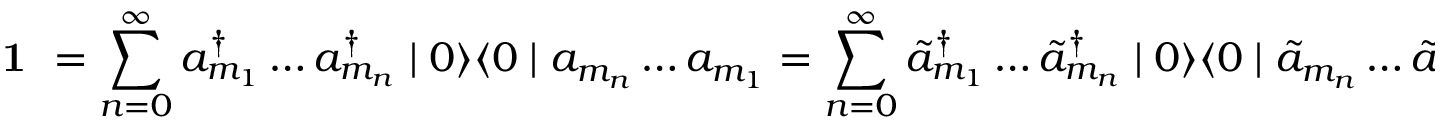
\textbf { 1 } = \sum _ { n = 0 } ^ { \infty } a _ { m _ { 1 } } ^ { \dagger } \ldots a _ { m _ { n } } ^ { \dagger } \mid 0 \rangle \langle 0 \mid a _ { m _ { n } } \ldots a _ { m _ { 1 } } = \sum _ { n = 0 } ^ { \infty } \tilde { a } _ { m _ { 1 } } ^ { \dagger } \ldots \tilde { a } _ { m _ { n } } ^ { \dagger } \mid 0 \rangle \langle 0 \mid \tilde { a } _ { m _ { n } } \ldots \tilde { a } _ { m _ { 1 } }